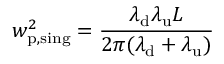
w _ { \mathrm { p , s i n g } } ^ { 2 } = \frac { \lambda _ { \mathrm { d } } \lambda _ { \mathrm { u } } L } { 2 \pi ( \lambda _ { \mathrm { d } } + \lambda _ { \mathrm { u } } ) }